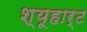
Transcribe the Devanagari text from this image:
श्यूहार्ट